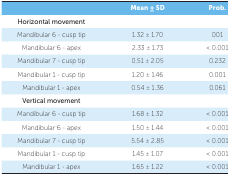
<table><thead><tr><td></td><td colspan="2"><b>Mean ± SD</b></td><td><b>Prob.</b></td></tr><tr><td><b>Horizontal movement</b></td><td></td><td></td><td></td></tr></thead><tbody><tr><td> Mandibular 6 - cusp tip</td><td colspan="2"> 1.32 ± 1.70</td><td> 001</td></tr><tr><td> Mandibular 6 - apex</td><td colspan="2"> 2.33 ± 1.73</td><td> &lt; 0.001</td></tr><tr><td> Mandibular 7 - cusp tip</td><td colspan="2"> 0.51 ± 2.05</td><td> 0.232</td></tr><tr><td> Mandibular 1 - cusp tip</td><td colspan="2"> 1.20 ± 1.46</td><td> 0.001</td></tr><tr><td> Mandibular 1 - apex</td><td colspan="2"> 0.54 ± 1.36</td><td> 0.061</td></tr><tr><td> Vertical movement</td><td></td><td></td><td></td></tr><tr><td> Mandibular 6 - cusp tip</td><td colspan="2"> 1.68 ± 1.32</td><td> &lt; 0.001</td></tr><tr><td> Mandibular 6 - apex</td><td colspan="2"> 1.50 ± 1.44</td><td> &lt; 0.001</td></tr><tr><td> Mandibular 7 - cusp tip</td><td colspan="2"> 5.54 ± 2.85</td><td> &lt; 0.001</td></tr><tr><td> Mandibular 1 - cusp tip</td><td colspan="2"> 1.45 ± 1.07</td><td> &lt; 0.001</td></tr><tr><td> Mandibular 1 - apex</td><td colspan="2"> 1.65 ± 1.22</td><td> &lt; 0.001</td></tr></tbody></table>